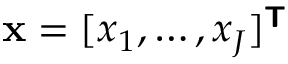
\mathbf { x } = [ \boldsymbol { x } _ { 1 } , \ldots , \boldsymbol { x } _ { J } ] ^ { \boldsymbol { \mathsf { T } } }